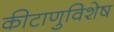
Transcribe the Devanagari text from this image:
कीटाणुविशेष